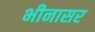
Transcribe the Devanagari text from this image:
भीनासर